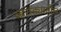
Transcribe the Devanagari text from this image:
व्हरांड्यातील